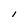
Character: I